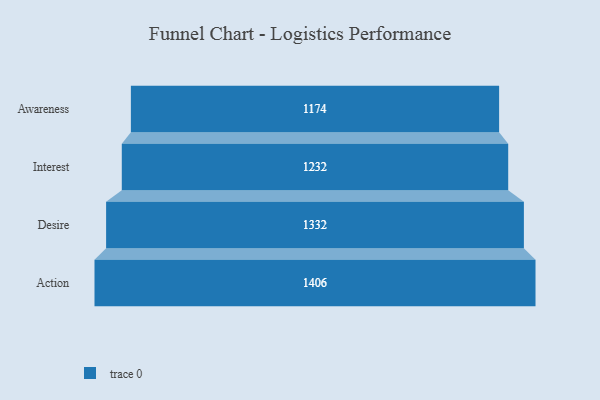
{"axis": {"x": "Stage", "y": "Value"}, "legend": [""], "data": [{"x": "Awareness", "y": 1174.0, "type": ""}, {"x": "Interest", "y": 1232.0, "type": ""}, {"x": "Desire", "y": 1332.0, "type": ""}, {"x": "Action", "y": 1406.0, "type": ""}]}